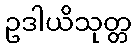
ဥဒါယိသုတ္တ